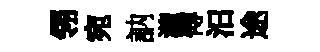
翎宛訥瀧傅汨途